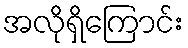
အလိုရှိကြောင်း